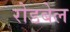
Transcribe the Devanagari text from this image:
रोडबेल